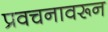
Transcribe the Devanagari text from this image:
प्रवचनावरून